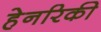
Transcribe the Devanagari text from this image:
हेनरिकी